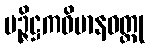
မဉ္ဇိဋ္ဌကဝိမာနဝတ္ထု